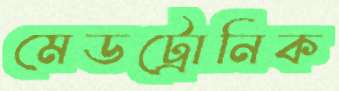
মেডট্রোনিক